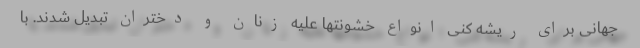
جهانی برای ریشه کنی انواع خشونتها علیه زنان و دختران تبدیل شدند. با